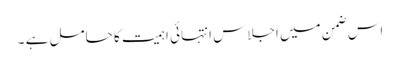
اس ضمن میں اجلاس انتہائی اہمیت کا حامل ہے ۔